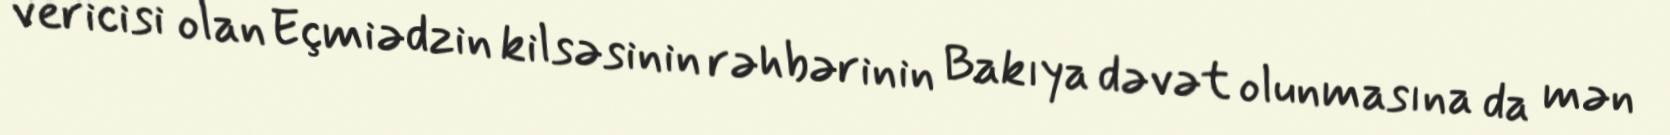
vericisi olan Eçmiədzin kilsəsinin rəhbərinin Bakıya dəvət olunmasına da mən